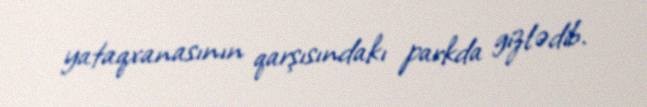
yataqxanasının qarşısındakı parkda gizlədib.